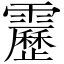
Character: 靂